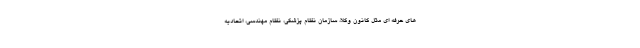
های حرفه ای مثل کانون وکلا، سازمان نظام پزشکی، نظام مهندسی، اتحادیه